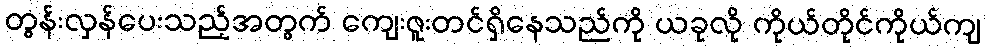
တွန်းလှန်ပေးသည့်အတွက် ကျေးဇူးတင်ရှိနေသည်ကို ယခုလို ကိုယ်တိုင်ကိုယ်ကျ